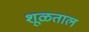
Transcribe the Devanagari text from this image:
शूळताल